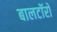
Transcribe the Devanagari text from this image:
बालटॉरो